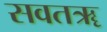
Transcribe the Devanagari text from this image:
सवतॠ